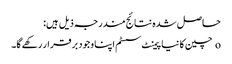
حاصل شدہ نتائج مندرجہ ذیل ہیں:
o چین کا نیا پیمنٹ سسٹم اپنا وجود برقرار رکھے گا۔